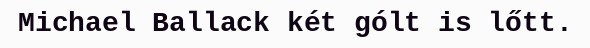
Michael Ballack két gólt is lőtt.